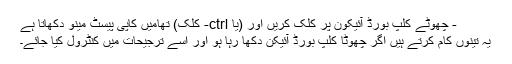
- چھوٹے کلپ بورڈ آئیکون پر کلک کریں اور (یا ctrl- کلک) تھامیں کاپی پیسٹ مینو دکھاتا ہے
یہ تینوں کام کرتے ہیں اگر چھوٹا کلپ بورڈ آئیکن دکھا رہا ہو اور اسے ترجیحات میں کنٹرول کیا جائے۔